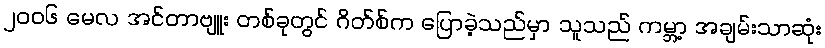
၂၀၀၆ မေလ အင်တာဗျူး တစ်ခုတွင် ဂိတ်စ်က ပြောခဲ့သည်မှာ သူသည် ကမ္ဘာ့ အချမ်းသာဆုံး